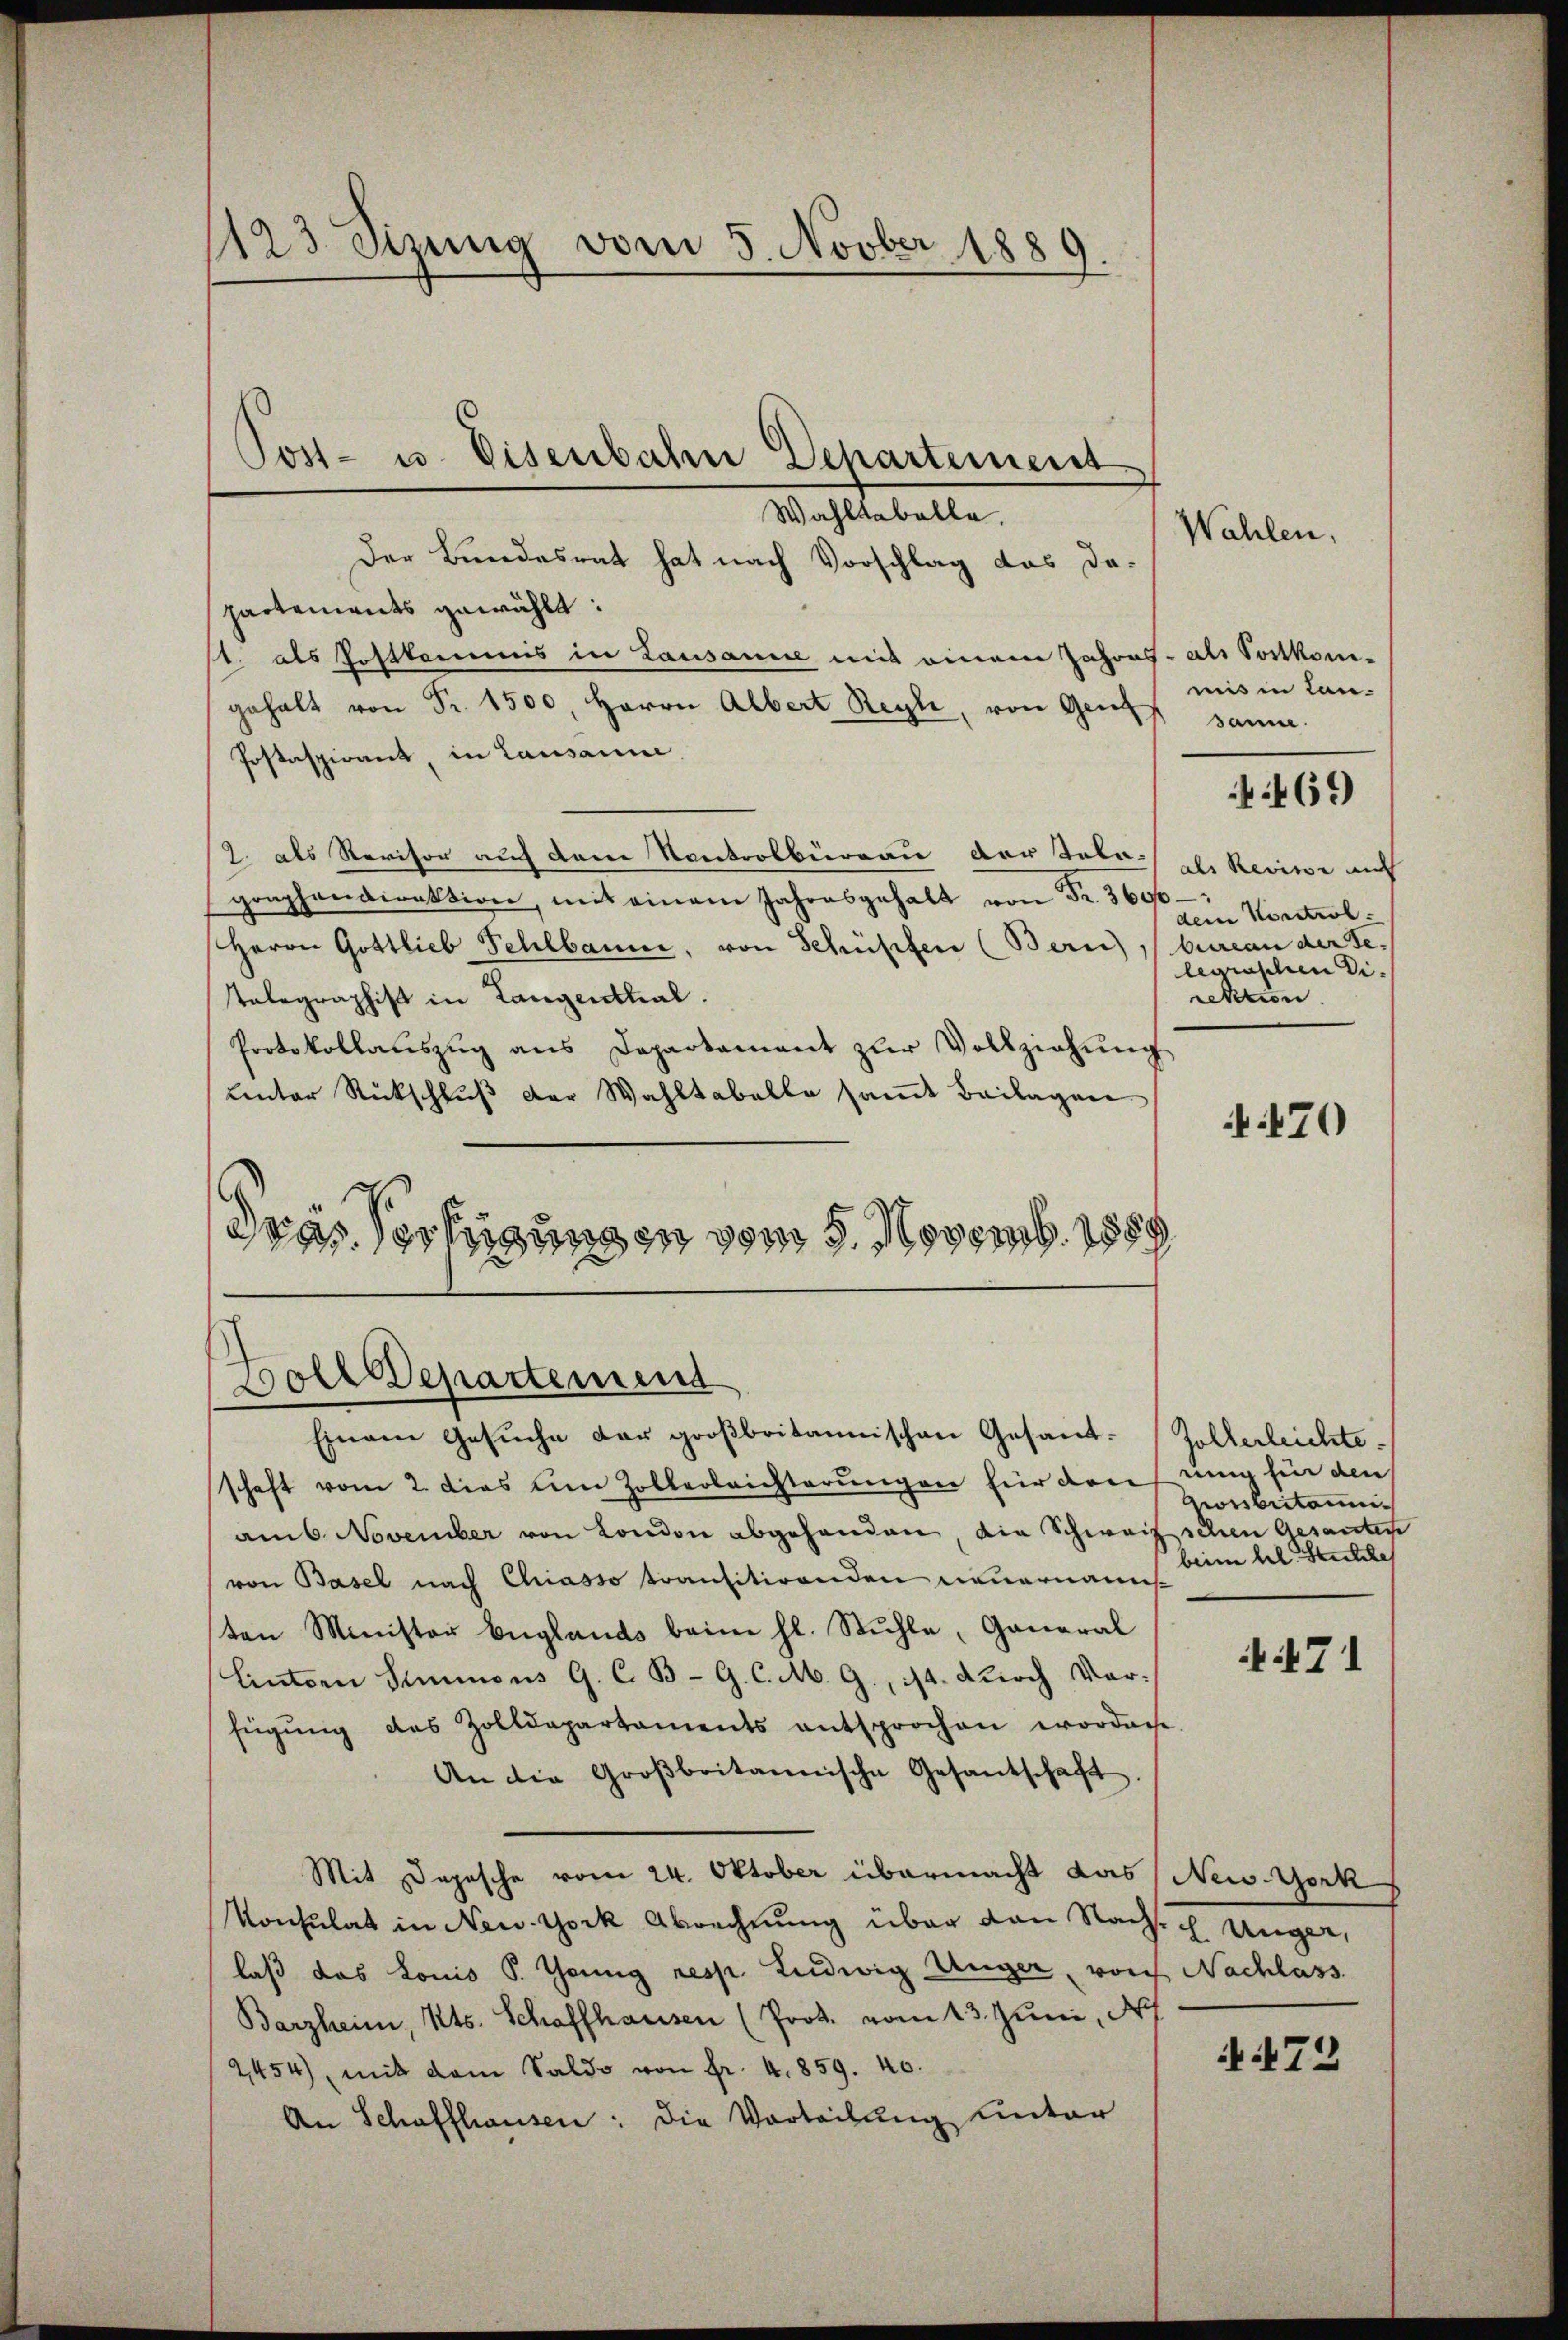
1123 Sizung vom 5. Novber 1889.

Wahltabelle.
Der Bundesrat hat nach Vorschlag das dapartements gewählt:
st. als Postkommis in Lausanne mit einem Jahres- als Postkom-
gehalt von Fr. 1500, Herrn Albert Regle, von Genf sanne.
Postaspirant, in Lausanne
2. als Revisor auf dem Kontrolbureau der Tele-
graphendirektion, mit einem Jahresgehalt von Fr. 3600.
Herrn Gottlieb Fehlbanne, von Schüpfen (Bern)
Telegraphist in Langenthal.
Protokollaŭszŭg ans Departament zŭr Vollziehŭng
unter Rückschluß der Wahltabelle samt Beilagen
dras Verfügungen vom 5. Novemb. 1889

vole Departemend

Post- u. Eisenbahn Departement

Einem Gesŭche der großbritannischen Gesandt-Zollerleichte.
schaft vom 2. dies um Zollerleichterungen für dreifung für den
am 6. November von London abgehanden, die Schweiz schen Gesantere
(von Basel nach Chiasso transitirenden neuernannt
ten Minister Englands beim hl. Stühle, General
Eintern Summons G. C. B. G. C. M. G., ist. Durch Varfügung des Zolldepartaments entsprochen worden
An die Groβbritannische Gesandschaft.
Mit Depesche vom 24. Oktober übermacht das New-York
Konsulat in New-York Abrechnung über den Nach Unger,
laß das Louis P. Tönng resp. Ludwig Unger, von Nachlass
Barzheim, Kts. Schaffhausen (Prok. vom 13. Juni, N
2454), mit dem Saldo von fr. 4. 859. 40.
An Schaffhausen: Die Vorteilung hinter

Wahlen,

mis in Can¬

469

als Revise auf
dem Kontrol.
bureau der se
legraschen Di
Lektion

70

oribuitanni
beim hl. Stuhle

4471

473